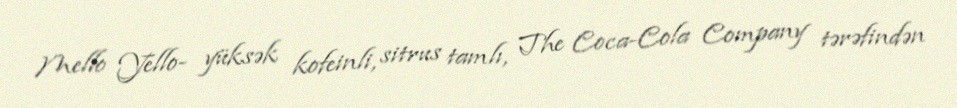
Mello Yello- yüksək kofeinli, sitrus tamlı, The Coca-Cola Company tərəfindən